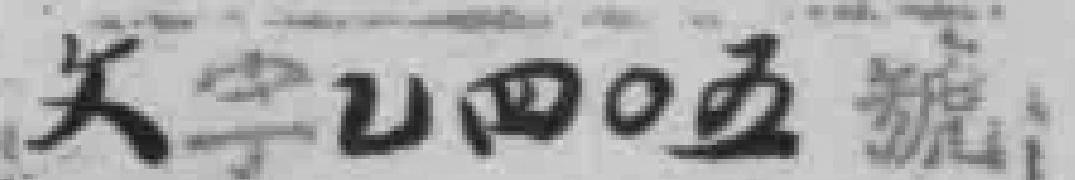
文字*四O五號